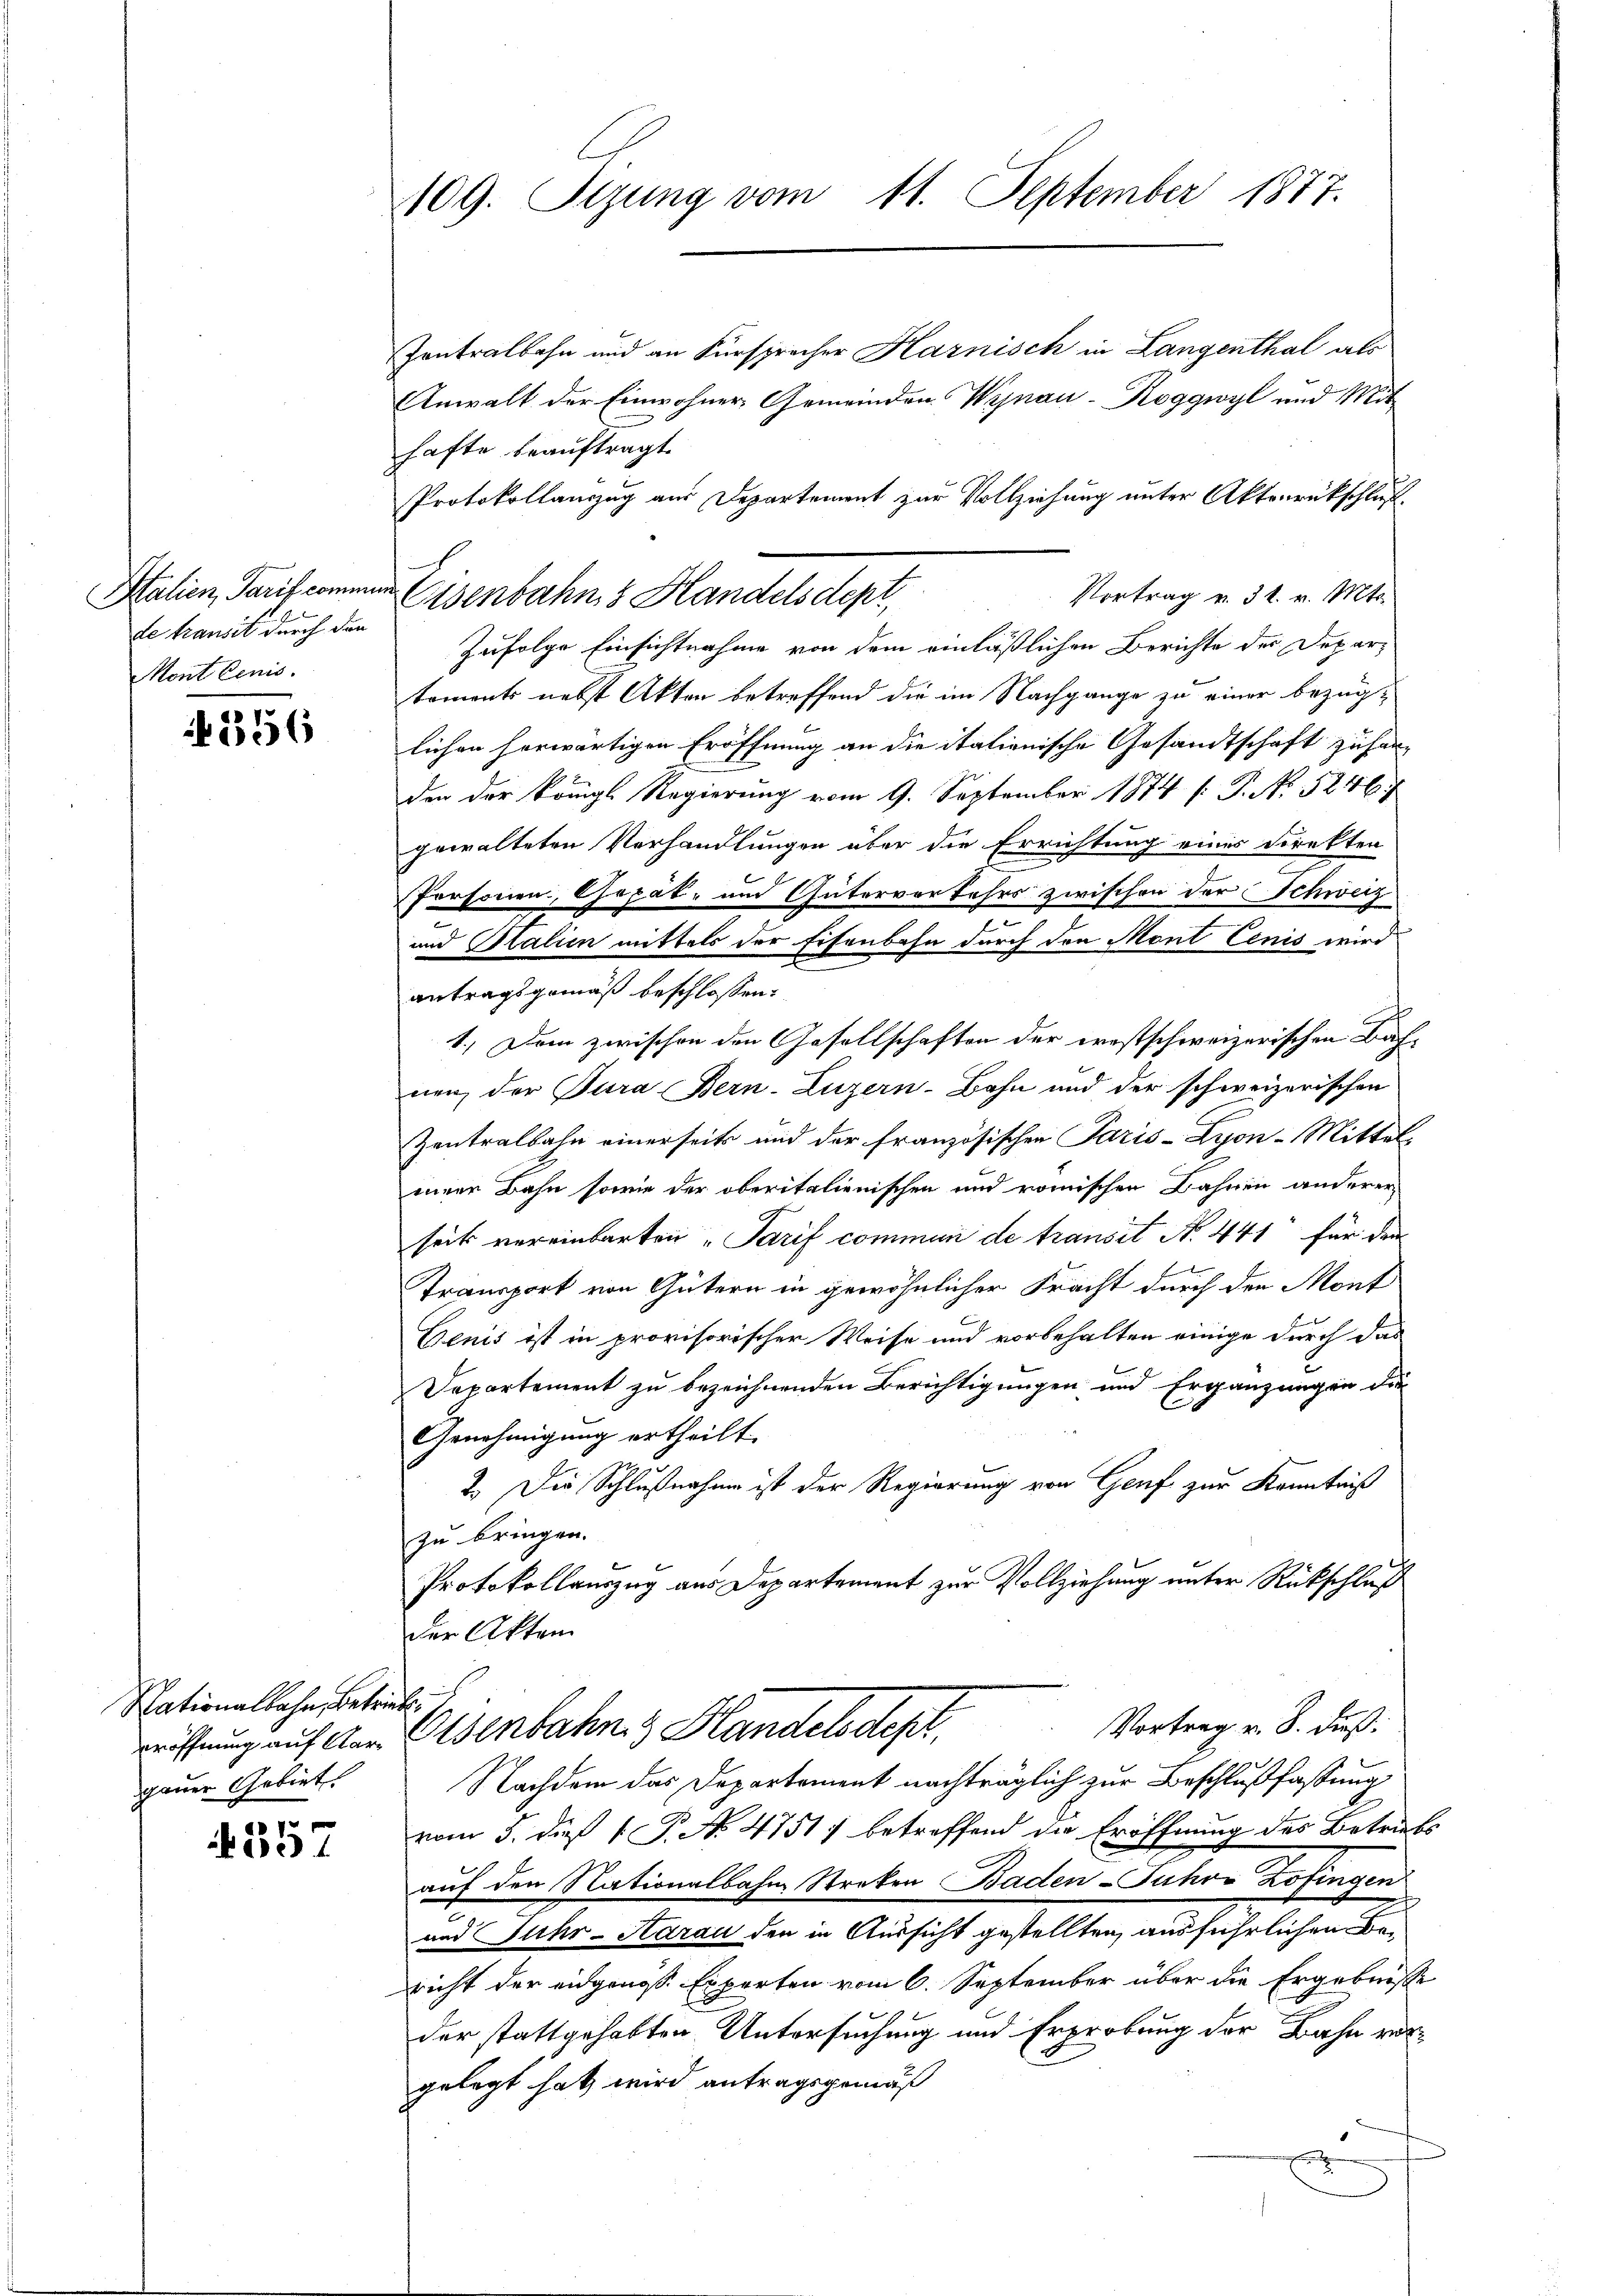
de transit durch den
Mont cenis.

.
e

Nationalbahn, betriebe,
gauer Gebiet

357

109. Sizung vom 11. September 1877.

Zontralbahn und an Fürsprecher Harnisch in Langenthal als
Anwalt der Einwohner Gemeinden Wegnau-Roggwyl und Mithafte beauftragt.
Protokollauszug aus Departement zur Vollziehung unter Aktenrückschluß
Vortrag v. 31. v. Mts.
Zufolge Einsichtnahme von dem einläßlichen Berichte der Departements nebst Akten betreffend die im Nachgange zu einer bezüglichen herwärtigen Eröffnung an die itationische Gesandtschaft zufanden der Königl. Regierung vom 9. September 1874 [: P. No 5246
gewalteten Verhandlungen über die Errichtung eines Direkten
Personen, Gepäk- und Güterverfahrs zwischen der Schweiz
und Stalien mittels der Eisenbahn durch den Mont Cenis wird
antragsgemäß beschlossen:
1.) Dem zwischen den Gesellschaften der prestschweizerischen Bahnen der Jura Bern Luzern-Bahn und der schweizerischen
Zentralbahn einerseits und der französischen Paris-Lyon-Mittels
einer Bahn sowie der oberitalienischen und römischen Bahnen anderer
seit vereinbarten „Sarif communi de transit No. 441 für den
Transport von Gütern in gewöhnlicher Fracht durch den Mont
Denis ist in provisorischer Weise und vorbehalten einige durch das
Departement zu bezeichnenden Berichtigungen und Ergänzungen die
Genehmigung ertheilt.
2.) Die Schlußnahme ist der Regierung von Genf zur Kenntniß
zu bringen.
Protokollauszug aus Departement zur Vollziehung unter Rückschluß
der Akten
Vortrag v. 8. dieß.
Tröffnung auf der Elsenbahn 3 Handelsdep
Nachdem das Departement nachträglich zur Beschlußfassung
vom 5. dieß P. No. 4751) betreffend die Eröffnung des Betriebs
auf den Nationalbahn Streken Baden-Fuhre Zofingen
und Fuhr-Aarau den in Aussicht gestellten, ausführlichen Bericht der eidgenoss. Experten vom 6. September über die Ergebnisse
der stattgehabten Untersuchung und Erprobung der Bahn vergelegt hat, wird antragsgemäß

Italien, Tarif commen Eisenbahn, 3 Handelsdept,